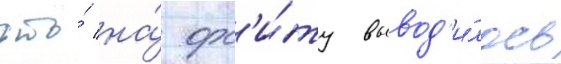
что́ на́ орб'и́ту вывод'и́лось